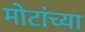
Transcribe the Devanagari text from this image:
मोटांच्या